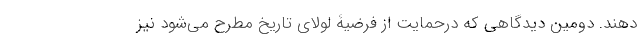
دهند. دومین دیدگاهی که درحمایت از فرضیۀ لولای تاریخ مطرح می‌شود نیز